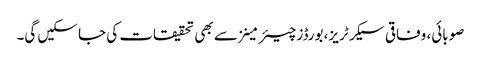
صوبائی، وفاقی سیکرٹریز، بورڈز چیئرمینز سے بھی تحقیقات کی جا سکیں گی۔